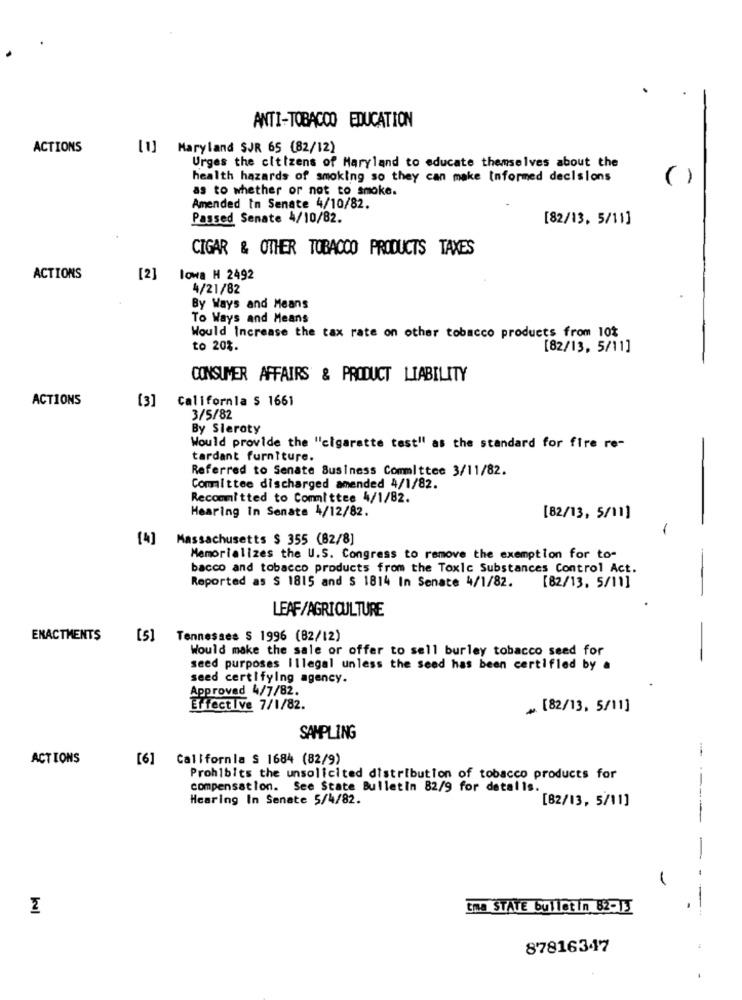
ANTI-TOBACCO EDUCATION
ACTIONS
[1] Maryland SJR 65 (82/12)
Urges the citizens of Maryland to educate themselves about the
health hazards of smoking so they can make Informed decisions
( )
as to whether or not to smoke.
Amended In Senate 4/10/82.
Passed Senate 4/10/82.
[82/13, 5/11]
CIGAR & OTHER TOBACCO PRODUCTS TAXES
ACTIONS
[2]
lowa H 2492
4/21/82
By Ways and Means
To Ways and Means
Would Increase the tax rate on other tobacco products from 10%
to 20%.
[82/13, 5/11]
CONSUMER AFFAIRS & PRODUCT LIABILITY
ACTIONS
[3] California $ 1661
3/5/82
By Sleroty
Would provide the "cigarette test" as the standard for fire re-
tardant furniture.
Referred to Senate Business Committee 3/11/82.
Committee discharged amended 4/1/82.
Recommitted to Committee 4/1/82.
Hearing in Senate 4/12/82.
[82/13, 5/11]
-
[4]
Massachusetts $ 355 (82/8]
Memorializes the U.S. Congress to remove the exemption for to-
bacco and tobacco products from the Toxic Substances Control Act.
Reported as $ 1815 and $ 1814 In Senate 4/1/82.
[82/13. 5/11]
LEAF/AGRICULTURE
ENACTMENTS
[5]
Tennessee $ 1996 (82/12)
Would make the sale or offer to sell burley tobacco seed for
seed purposes Illegal unless the seed has been certifled by a
seed certifying agency.
Approved 4/7/82.
Effective 7/1/82.
„ [82/13, 5/11]
SAMPLING
ACTIONS
[6] California $ 1684 (82/9)
Prohibits the unsolicited distribution of tobacco products for
compensation. See State Bulletin 82/9 for details.
Hcaring In Senate 5/4/82.
[82/13, 5/11]
----
-
tma ŠTÁTE bulletin B2-13
87816347